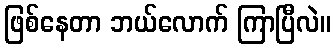
ဖြစ်နေတာ ဘယ်လောက် ကြာပြီလဲ။